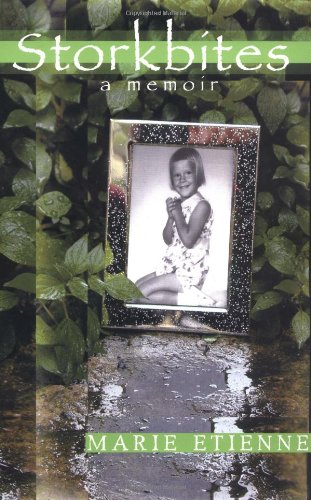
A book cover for Storkbites: A Memoir; Marie Etienne; Parenting & Relationships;